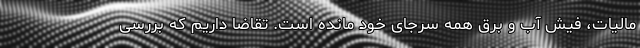
مالیات، فیش آب و برق همه سرجای خود مانده است. تقاضا داریم که بررسی